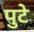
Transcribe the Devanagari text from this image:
पुटे